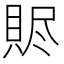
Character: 䝲